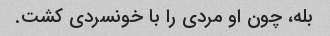
بله، چون او مردی را با خونسردی کشت.